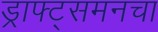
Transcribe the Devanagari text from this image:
ड्राफ्ट्‌समनचा